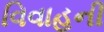
વિવાહની